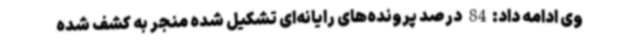
وی ادامه داد:84 درصد پرونده‌های رایانه‌ای تشکیل شده منجر به کشف شده